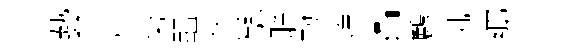
藝肅菊醖优繇聪勣煒。鸝帆鄊